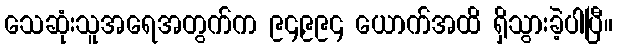
သေဆုံးသူအရေအတွက်က ၉၄,၉၉၄ ယောက်အထိ ရှိသွားခဲ့ပါပြီ။